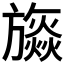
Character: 𣄡